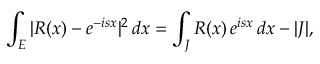
\int _ { E } | R ( x ) - e ^ { - i s x } | ^ { 2 } \, d x = \int _ { J } R ( x ) \, e ^ { i s x } \, d x - | J | ,